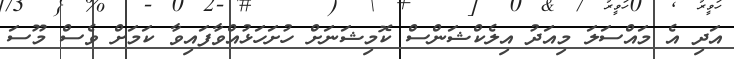
އަދި އެ މައްސަލަ މިއަދު އިލެކްޝަންސް ކޮމިޝަނަށް ހުށަހަޅުއްވާފައިވާ ކަމަށް ވެސް މޫސަ